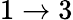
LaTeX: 1\rightarrow 3